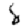
Digit: 8